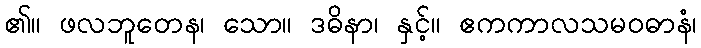
၏။ ဖလဘူတေန၊ သော။ ဒဓိနာ၊ နှင့်။ ဧကကာလသမဝဓာနံ၊